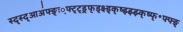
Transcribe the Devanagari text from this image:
स्द्स्द्आअ॑फ्ङ्ः़फ्ट्ट्ड़्फ्ड्क्ष्ड्क्ष्झ्झ्झ्क्ष्फ्॰फ्फ्ङ्